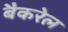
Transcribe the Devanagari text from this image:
बैकरेल